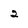
Character: 2